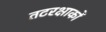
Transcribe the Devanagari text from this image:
तटरक्षाकों